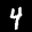
Label: 4